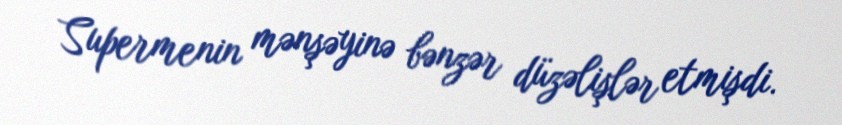
Supermenin mənşəyinə bənzər düzəlişlər etmişdi.